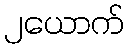
၂ယောက်